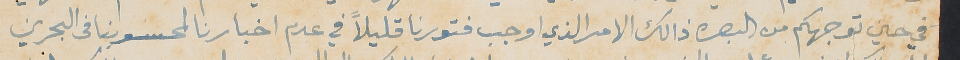
في حين توجهكم من البصره ذالك الامر الذي اوجب فتورنا قليلاً في عدم اخبارنا لمحسوبنا فى البحرين